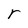
Character: r